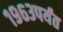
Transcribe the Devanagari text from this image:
१९६३पर्यंत